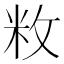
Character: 敉